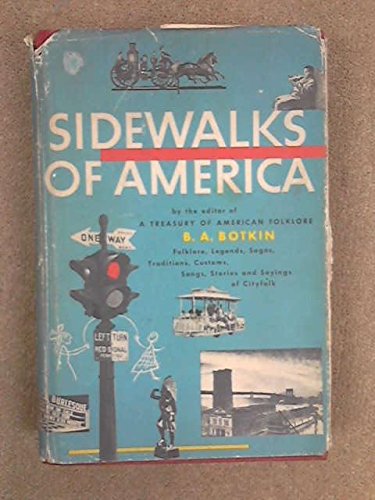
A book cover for Sidewalks of America: Folklore, Legends, Sagas, Traditions, Customs, Songs, Stories and Sayings of City Folk; Humor & Entertainment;